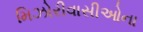
મિઝોરીવાસીઓના